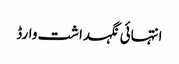
انتہائی نگہداشت وارڈ